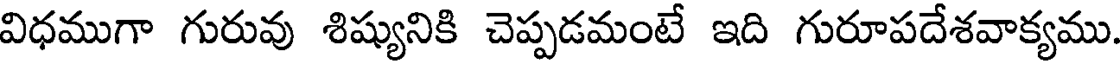
విధముగా గురువు శిష్యునికి చెప్పడమంటే ఇది గురూపదేశవాక్యము.